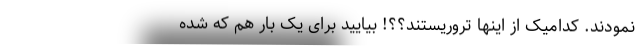
نمودند. کدامیک از اینها تروریستند؟؟! بیایید برای یک بار هم که شده